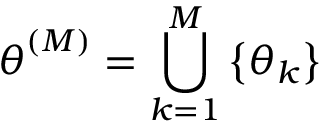
\boldsymbol { { \theta } } ^ { ( M ) } = \bigcup _ { k = 1 } ^ { M } \left\{ \boldsymbol { \theta } _ { k } \right\}